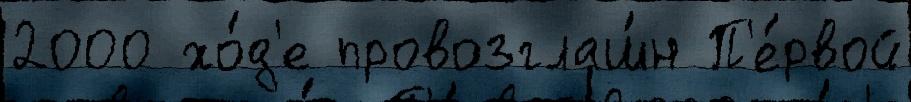
2000 хо́д'е провозглаш́н П'е́рвой